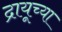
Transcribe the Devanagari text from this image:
द्रायूच्या